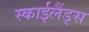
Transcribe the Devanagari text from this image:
स्‍काईलैंड्स